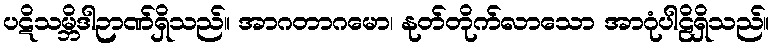
ပဋိသမ္ဘိဒါဉာဏ်ရှိသည်။ အာဂတာဂမော၊ နုတ်တိုက်လာသော အာဂုံပါဠိရှိသည်။